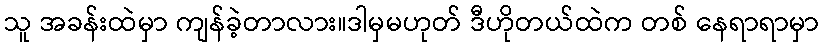
သူ အခန်းထဲမှာ ကျန်ခဲ့တာလား။ဒါမှမဟုတ် ဒီဟိုတယ်ထဲက တစ် နေရာရာမှာ